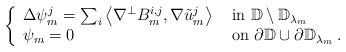
LaTeX: \begin{align*} \left\{ \begin{array}{ll} \Delta \psi_m^j = \sum_i \left\langle \nabla^{\perp}B_m^{i,j} , \nabla \tilde{u}_m^j \right\rangle & \hbox{ in } \mathbb{D}\setminus \mathbb{D}_{\lambda_m} \\\psi_m = 0 & \hbox{ on } \partial \mathbb{D} \cup \partial \mathbb{D}_{\lambda_m} \hskip.1cm.\end{array} \right. \end{align*}